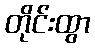
တိုင်းထွာ